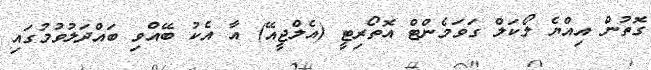
ގޮތުން އިއްޔެ ލޯކަލް ގަވަމެންޓް އޮތޯރިޓީ (އެލްޖީއޭ) އާ އެކު ބޭއްވި ބައްދަލުވުމުގައި